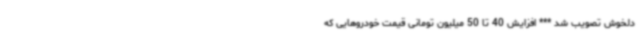
دلخوش تصویب شد *** افزایش 40 تا 50 میلیون تومانی قیمت خودروهایی که